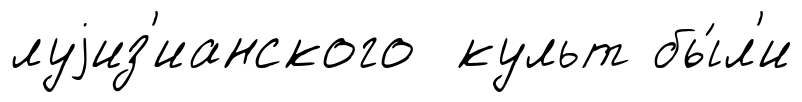
луjиз'ианского культ бы́л'и